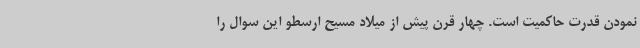
نمودن قدرت حاکمیت است. چهار قرن پیش از میلاد مسیح ارسطو این سوال را